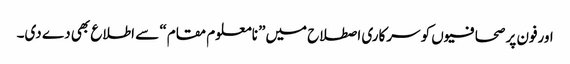
اورفون پر صحافیوں کو سرکاری اصطلاح میں” نامعلوم مقام“ سے اطلاع بھی دے دی۔